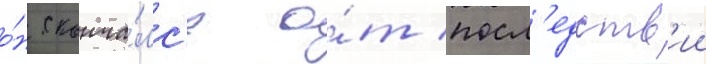
о́н сконча́лс'я о́т посл'едств'ии